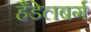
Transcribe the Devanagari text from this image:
हैडेलबर्ग